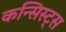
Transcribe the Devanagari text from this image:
कन्सिस्ट्स